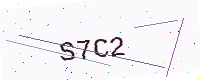
Text: S7C2